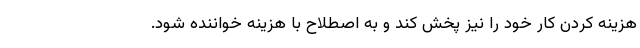
هزینه کردن کار خود را نیز پخش کند و به اصطلاح با هزینه خواننده شود.